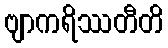
ဗျာကရိဿတီတိ